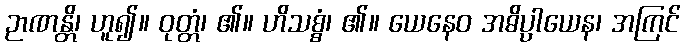
ဉာဏန္တိ၊ ဟူ၍။ ဝုတ္တံ၊ ၏။ ဟိသစ္စံ၊ ၏။ ယေနေဝ အဓိပ္ပါယေန၊ အကြင်